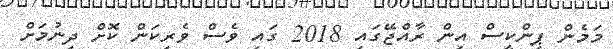
މަމެން ޕިންކީސް އިން ރާއްޖޭގައި 2018 ގައި ވެސް ވެރިކަން ކޮށް ދިނުމަށް